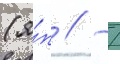
(я́п // ̄ /